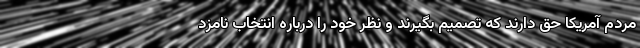
مردم آمریکا حق دارند که تصمیم بگیرند و نظر خود را درباره انتخاب نامزد